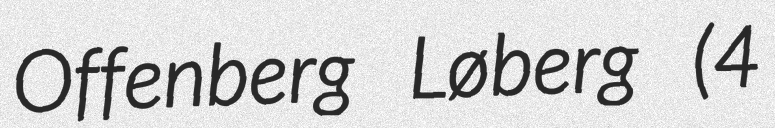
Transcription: Offenberg Løberg (4